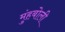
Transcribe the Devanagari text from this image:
मुंहबोली